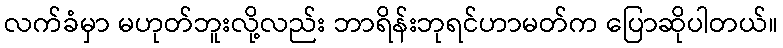
လက်ခံမှာ မဟုတ်ဘူးလို့လည်း ဘာရိန်းဘုရင်ဟာမတ်က ပြောဆိုပါတယ်။